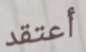
أعتقد